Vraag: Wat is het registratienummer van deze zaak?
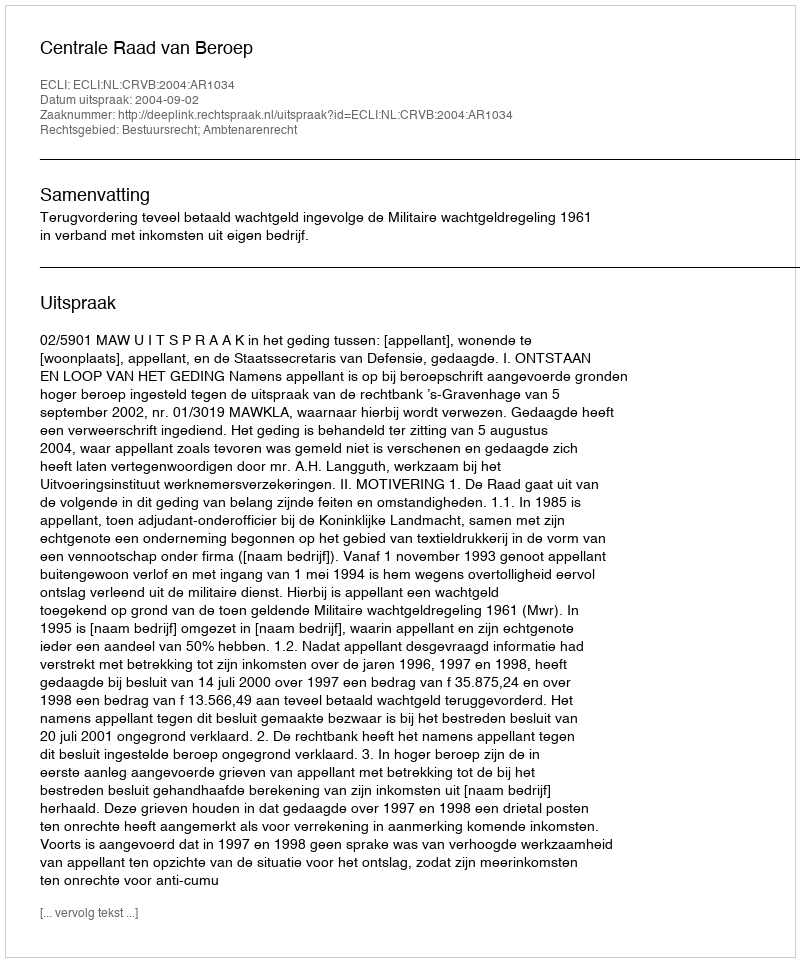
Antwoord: http://deeplink.rechtspraak.nl/uitspraak?id=ECLI:NL:CRVB:2004:AR1034